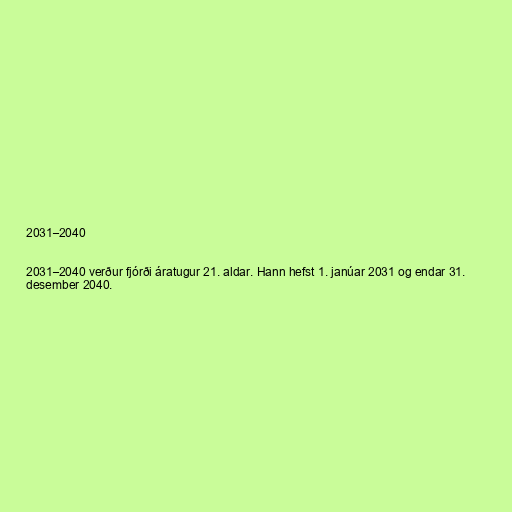
2031–2040

2031–2040 verður fjórði áratugur 21. aldar. Hann hefst 1. janúar 2031 og endar 31.
desember 2040.